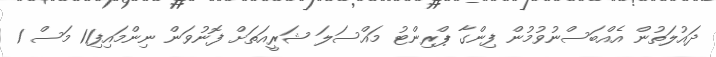
ދައުލަތުން އެއްބަސްނުވުމުން ފިންގާ ޕްރިންޓު މައްސަލަ ޝަރީއަތަށް ފޮނުވަން ނިންމައިފި11 މަސް 1